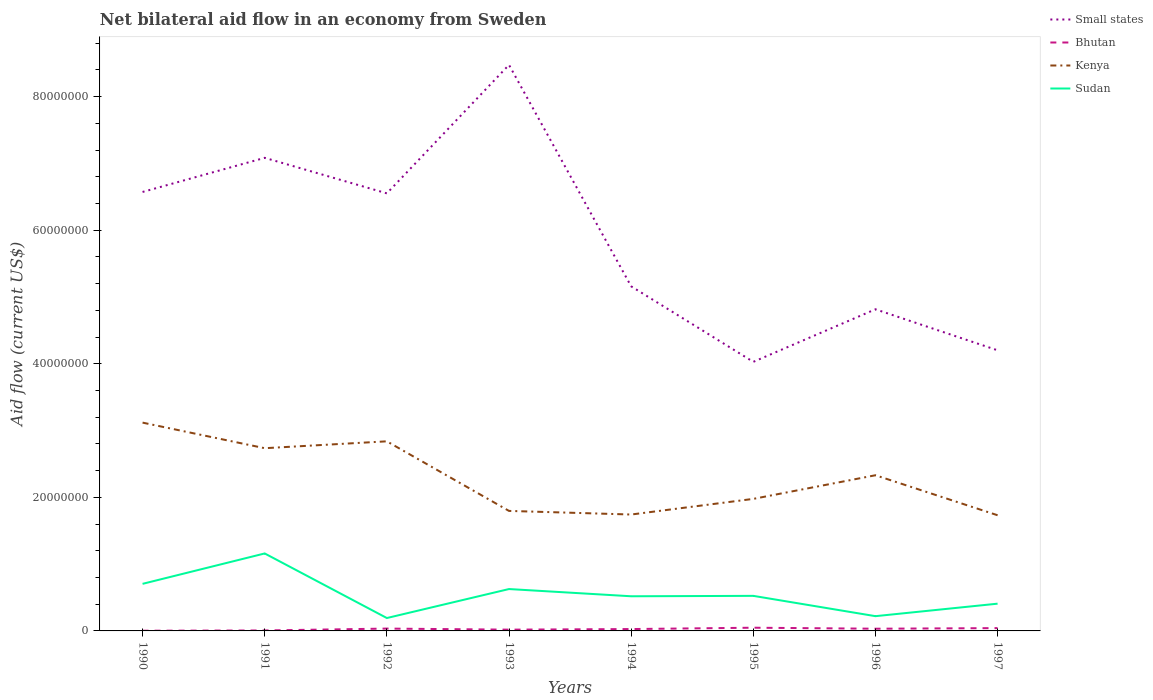
| Years | Small states | Bhutan | Kenya | Sudan |
 | --- | --- | --- | --- | --- |
 | 1990 | 6.57e+07 | 3e+04 | 3.12e+07 | 7.05e+06 |
 | 1991 | 7.08e+07 | 7e+04 | 2.74e+07 | 1.16e+07 |
 | 1992 | 6.55e+07 | 3.5e+05 | 2.84e+07 | 1.93e+06 |
 | 1993 | 8.48e+07 | 1.9e+05 | 1.8e+07 | 6.27e+06 |
 | 1994 | 5.16e+07 | 2.8e+05 | 1.74e+07 | 5.19e+06 |
 | 1995 | 4.03e+07 | 4.8e+05 | 1.98e+07 | 5.25e+06 |
 | 1996 | 4.82e+07 | 3.3e+05 | 2.33e+07 | 2.21e+06 |
 | 1997 | 4.2e+07 | 4.2e+05 | 1.73e+07 | 4.08e+06 |